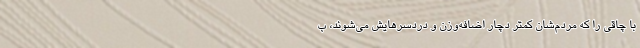
با چاقی را که مردم‌شان کمتر دچار اضافه‌وزن و دردسرهایش می‌شوند، ب